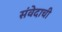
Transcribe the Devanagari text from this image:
संवेदाची